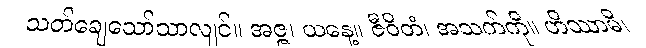
သတ်ချေသော်သာလျင်။ အဇ္ဇ၊ ယနေ့။ ဇီဝိတံ၊ အသက်ကို။ ဟိဿာမိ၊